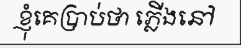
ខ្ញុំគេប្រាប់ថា ភ្លើងនៅ